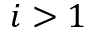
i > 1